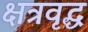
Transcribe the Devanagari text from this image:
क्षत्रवृद्ध